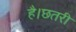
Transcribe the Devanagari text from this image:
है।छतरी